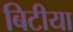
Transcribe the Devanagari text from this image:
बिटीया